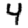
Digit: 4